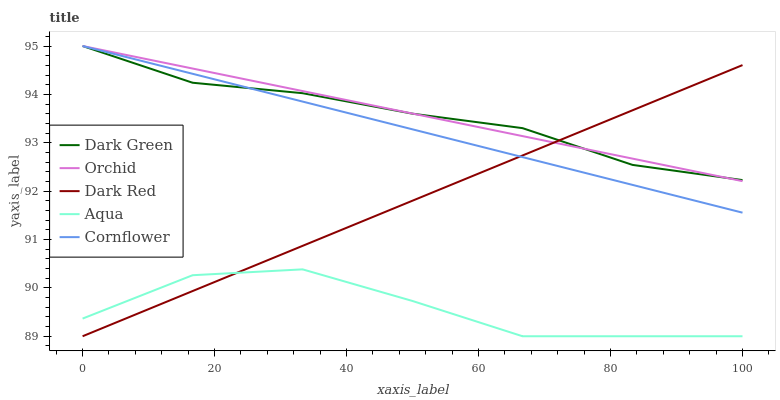
| xaxis_label | Dark Green | Orchid | Dark Red | Aqua | Cornflower |
 | --- | --- | --- | --- | --- | --- |
 | 0 | 95 | 95 | 89 | 89.4 | 95 |
 | 16.7 | 94.2 | 94.5 | 89.9 | 90.3 | 94.4 |
 | 33.3 | 94 | 94.1 | 90.9 | 90.4 | 93.9 |
 | 50 | 93.6 | 93.6 | 91.8 | 89.7 | 93.3 |
 | 66.7 | 93.3 | 93.1 | 92.7 | 89 | 92.7 |
 | 83.3 | 92.5 | 92.7 | 93.7 | 89 | 92.1 |
 | 100 | 92.2 | 92.2 | 94.6 | 89 | 91.6 |